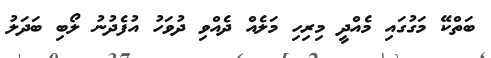
ބަތްކޭ މަގުގައި މެއްދީ މިރިހި މަލެއް ދެއްވި ދުވަހު އުފެދުނު ލޯބި ބަދަލު